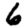
Digit: 6